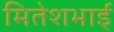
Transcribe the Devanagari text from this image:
मितेशभाई